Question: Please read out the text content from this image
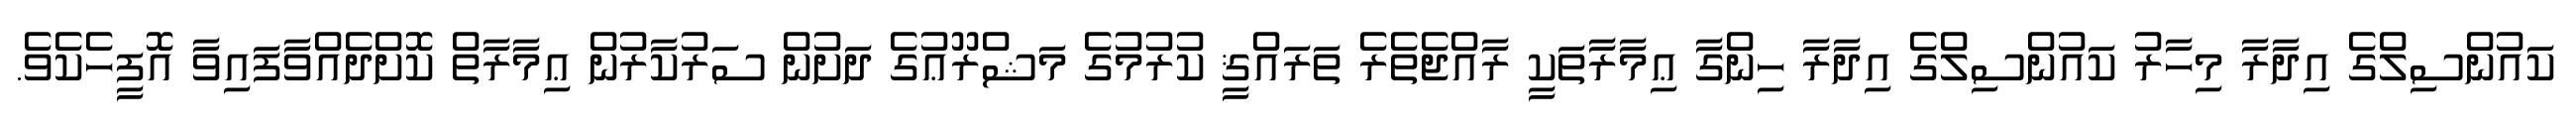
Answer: ކައުންސިލްގެ އިދާރާ މިހާރު ކައުންސިލްގެ އިދާރާ ހިންގާ ޢިމާރާތަކީ ރާއްޖެތެރެ ތަރައްޤީ ކުރުމުގެ މަޝްރޫޢުގެ ދަށުން ސަރުކާރުން ޢިމާރާތް ކޮށްދެއްވާފައިވާ އޮފީހެކެވެ.